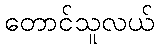
တောင်သူလယ်